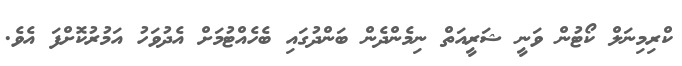
ކްރިމިނަލް ކޯޓުން ވަނީ ޝަރީއަތް ނިމެންދެން ބަންދުގައި ބެހެއްޓުމަށް އެދުވަހު އަމުރުކޮށްފަ އެވެ.